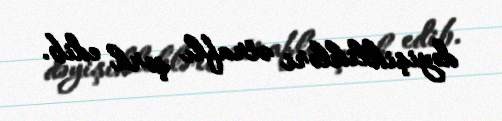
dəyişiklikləri ətraflı şərh edib.